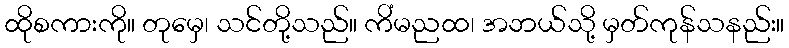
ထိုစကားကို။ တုမှေ၊ သင်တို့သည်။ ကိံမညထ၊ အဘယ်သို့ မှတ်ကုန်သနည်း။